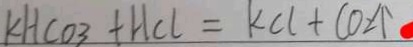
k H C O _ { 3 } + H C l = k C l + C O _ { 2 } \uparrow